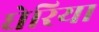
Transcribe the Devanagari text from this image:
घेरिया